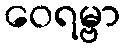
ဝေရမ္ဗာ